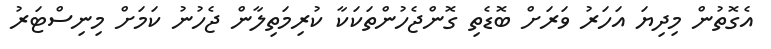
އެގޮތުން މިދިޔަ އަހަރު ވަރަށް ބޮޑެތި ގޮންޖެހުންތަކަކާ ކުރިމަތިލާން ޖެހުނު ކަމަށް މިނިސްޓަރު